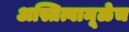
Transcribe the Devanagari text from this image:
अस्तित्वामूळेच